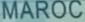
MAROC